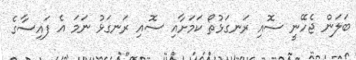
ބަލަން ޖެހޭނީ ސޮއި ރަނގަޅުތޯ ކަމަށާއި ސޮއި ރަނގަޅު ނަމަ އެ ފައިސާގެ